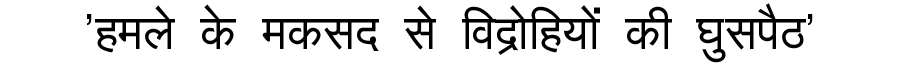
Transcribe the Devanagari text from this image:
'हमले के मकसद से विद्रोहियों की घुसपैठ'